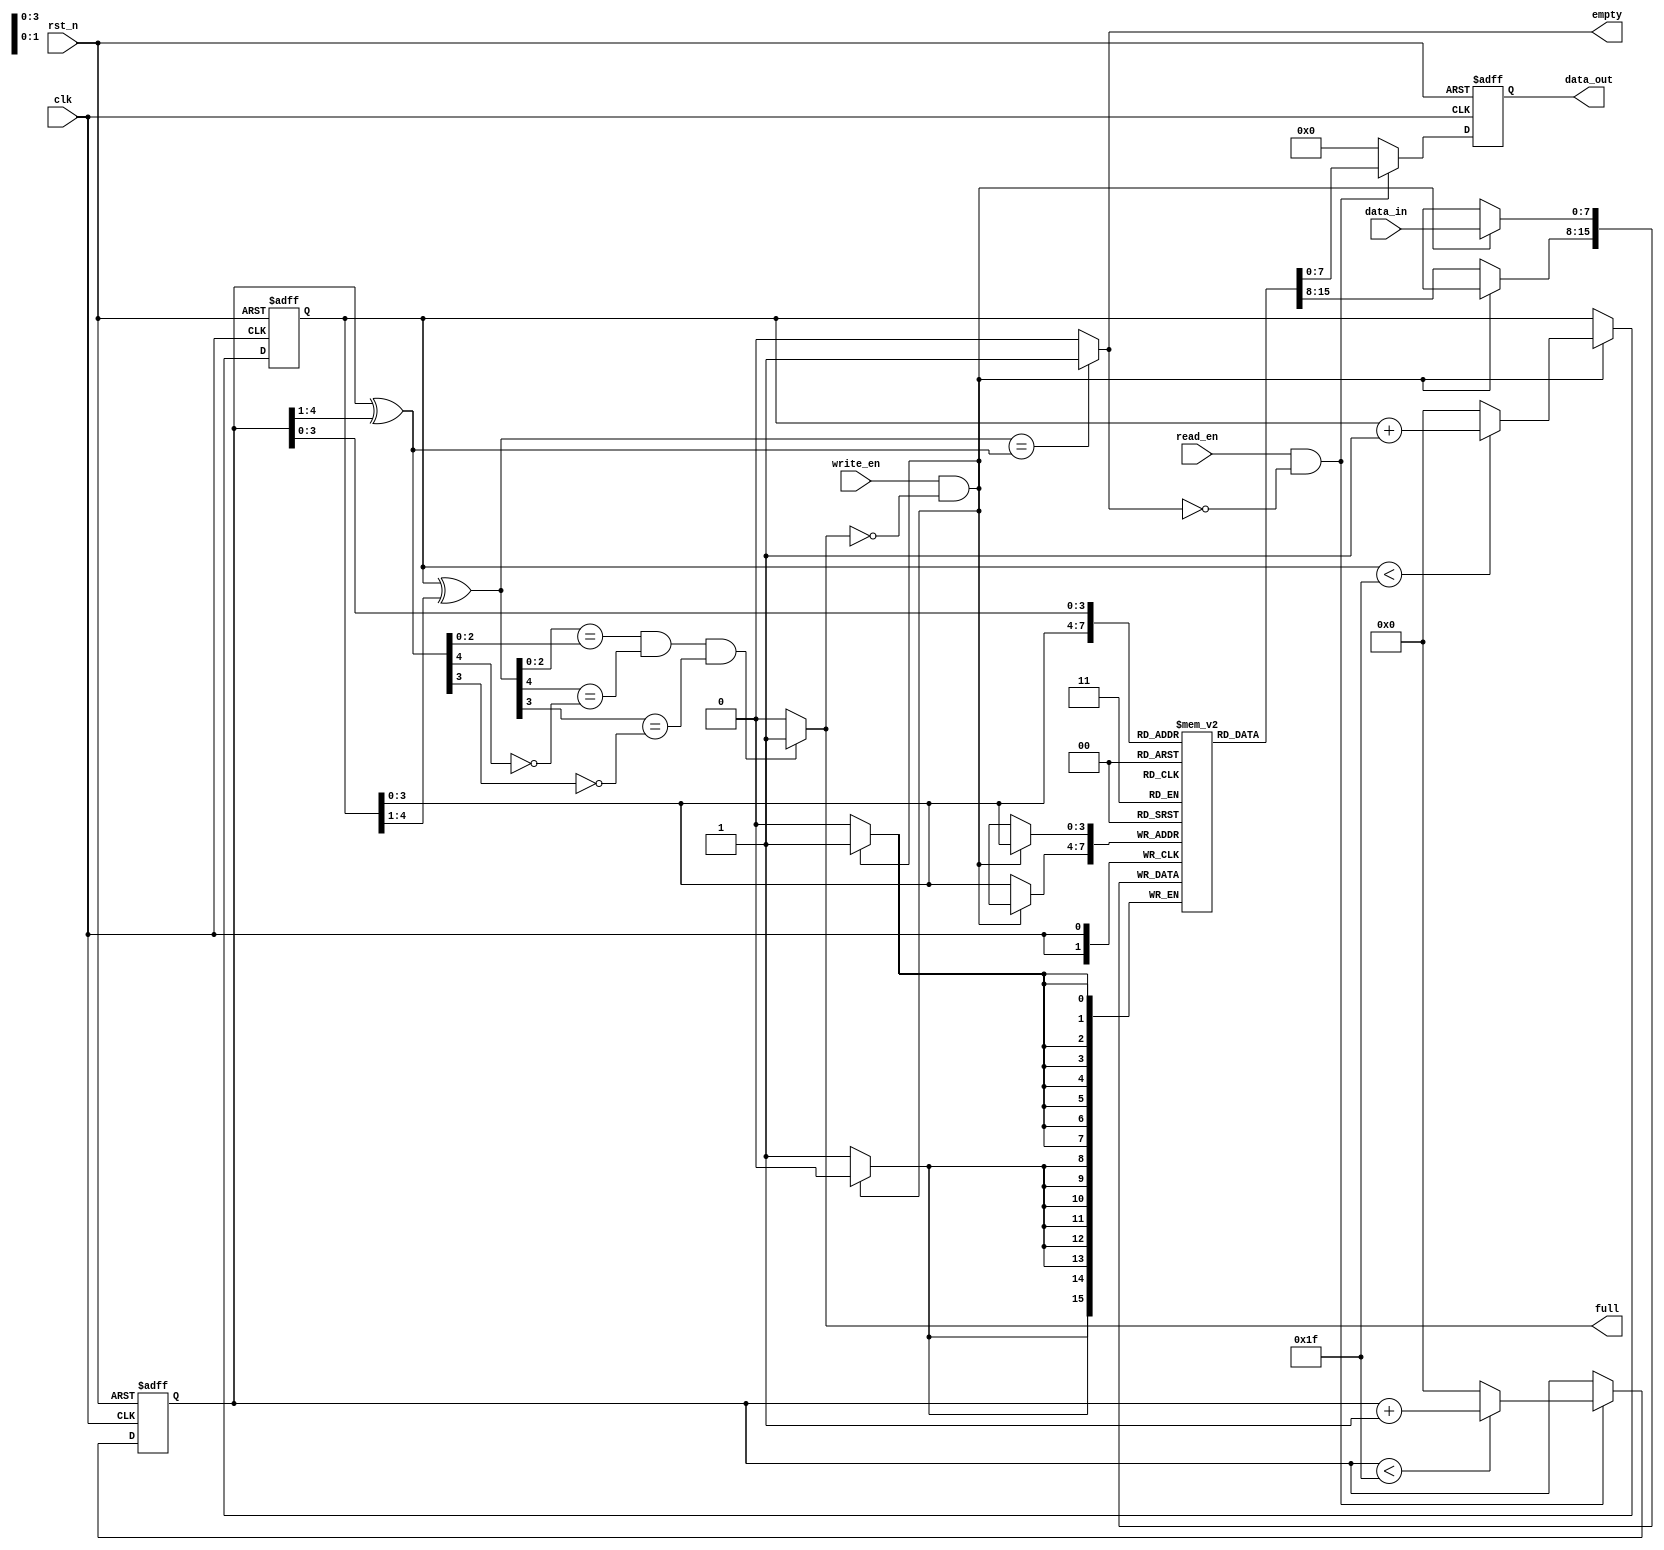
module fifo(clk,rst_n,write_en,read_en,data_in,empty,full,data_out);

input clk;
input rst_n;
input write_en;
input read_en;

input [7:0] data_in;

output empty;
output full;
output  reg [7:0] data_out;

reg [7:0] data  [0:15];


reg [4:0] wr_point;
reg [4:0] rd_point;

wire [4:0] wr_gray_point;
wire [4:0] rd_gray_point;

assign wr_gray_point = wr_point ^ (wr_point>>1);
assign rd_gray_point = rd_point ^ (rd_point>>1);

assign empty = (wr_gray_point == rd_gray_point) ? 1 : 0;
assign full =  (wr_gray_point[2:0] == rd_gray_point[2:0]
                && wr_gray_point[4] == !rd_gray_point[4]
                && wr_gray_point[3] == !rd_gray_point[3] ) ? 1 : 0 ;

always@(posedge clk or negedge rst_n)
if(!rst_n)
        wr_point <= 5'b0_0000;
else if (write_en && !full)
        begin
        if(wr_point < 5'b1_1111)
        wr_point <= wr_point + 1'b1;
        else
        wr_point <= 5'b0_0000;
        end
else
        wr_point <= wr_point;

always@(posedge clk or negedge rst_n)
if(!rst_n)
        rd_point <= 5'd0;
else if (read_en && !empty)
        begin
        if(rd_point <5'b1_1111)
        rd_point <= rd_point + 1'b1;
        else
        rd_point <= 5'b0_0000;
        end
else
        rd_point <= rd_point;


always@(posedge clk)
if(write_en && !full)
data[wr_point] <= data_in;
else
data[wr_point] <= data[wr_point];

always@(posedge clk or negedge rst_n)
if(!rst_n)
data_out <= 8'h00;
else if(read_en && !empty)
data_out <= data[rd_point];
else
data_out <= 8'h00;
endmodule